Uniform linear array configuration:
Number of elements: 64
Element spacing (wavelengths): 0.75
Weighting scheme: binomial
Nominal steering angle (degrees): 15
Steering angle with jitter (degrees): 16.294
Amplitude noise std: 0.05
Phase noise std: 0.05

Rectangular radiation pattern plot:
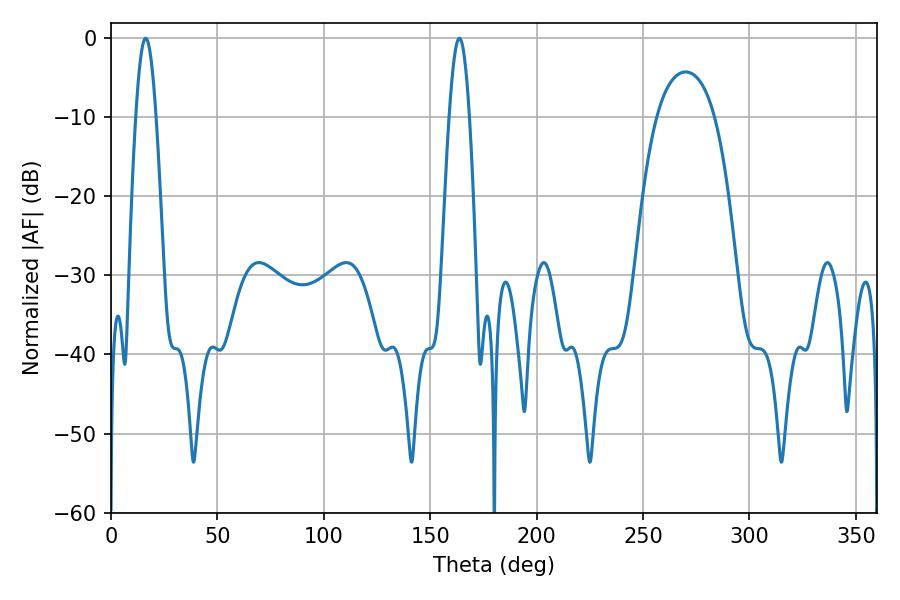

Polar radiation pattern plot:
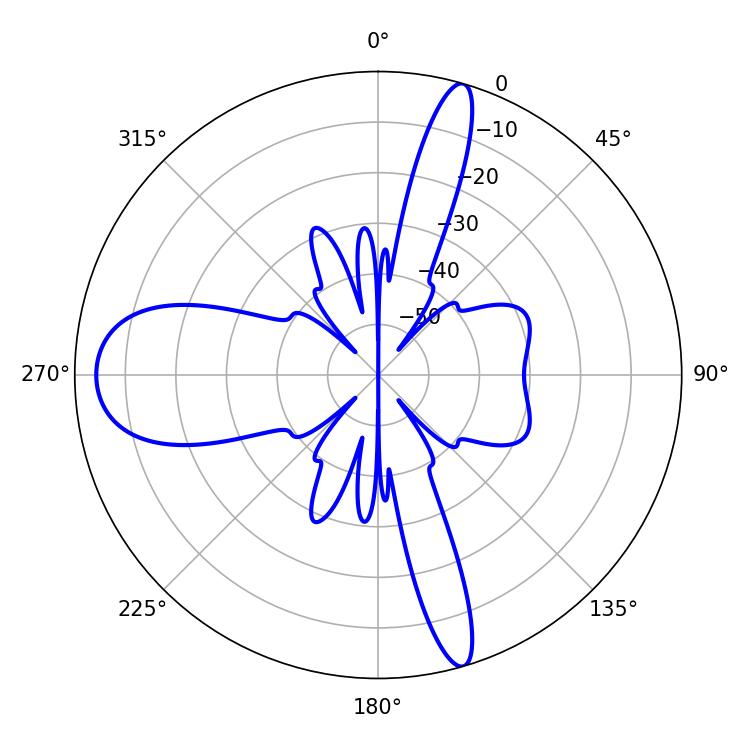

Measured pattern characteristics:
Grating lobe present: TRUE
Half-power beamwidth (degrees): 5.04
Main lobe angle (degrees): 16.38